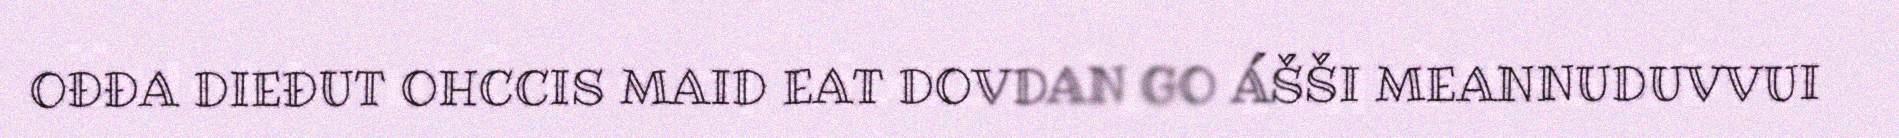
OĐĐA DIEĐUT OHCCIS MAID EAT DOVDAN GO ÁŠŠI MEANNUDUVVUI